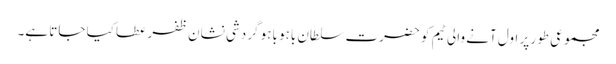
مجموعی طور پر اول آنے والی ٹیم کو حضرت سلطان باہو باہو گردشی نشان ظفر عطا کیا جاتا ہے۔